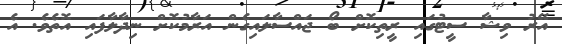
އޭރު ވިޝާ ސީޓުގައި ރީތިކޮށް ބޯ ޖައްސާލައިގެން އަރާމުކޮށް ނިދާލާފައި އޮތެވެ. އެ